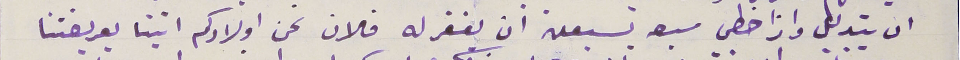
ان يتدلل واذا خطي سبعه تسعين ان نغفر له فلان نحن اولادكم اتينا بعريضتنا